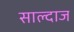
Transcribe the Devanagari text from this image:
साल्दाज